Lunatic asylums in Bengal annual reports 1912-1924 - 1912-1924
Year: 1912
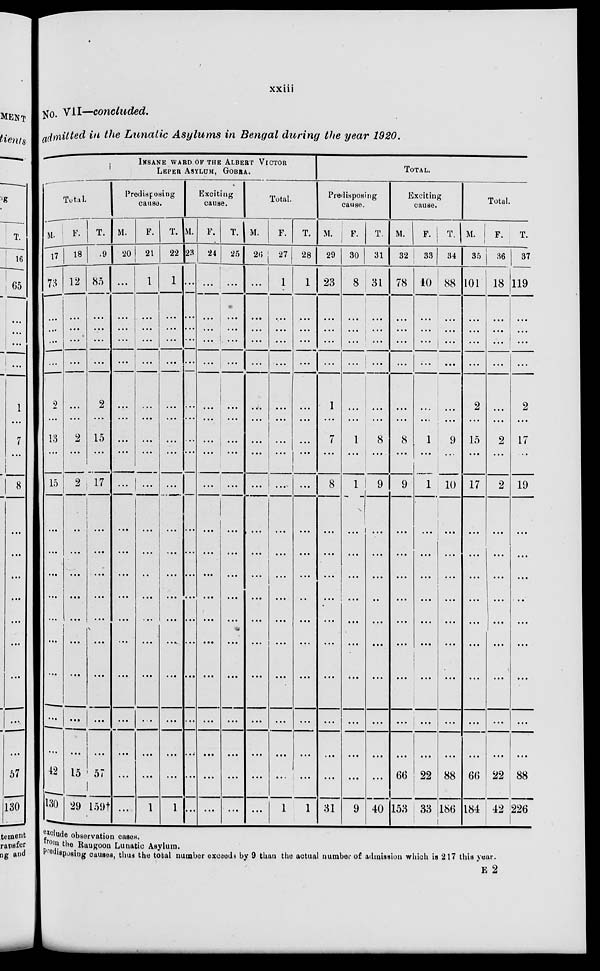
xxiii
No. VII—concluded.
admitted in the Lunatic Asylums in Bengal during the year 1920.
INSANE WARD OF THE ALBERT VICTOR
LEPER ASYLUM,GOBRA.
Total.
M.
17
73
...
...
...
...
2
...
13
...
15
...
...
...
...
...
...
...
...
...
42
130
F.
18
12
...
...
...
...
...
...
2
...
2
...
...
...
...
...
...
...
...
...
15
29
T.
9
85
...
...
...
...
2
...
15
...
17
...
...
...
...
...
...
...
...
...
57
159†
Predisposing
cause.
M.
20
...
...
...
...
...
...
...
...
...
...
...
...
...
...
...
...
...
...
...
...
...
F.
21
1
...
...
...
...
...
...
...
...
...
...
...
...
...
...
...
...
...
...
...
1
T.
22
1
...
...
...
...
...
...
...
...
...
...
...
...
...
...
...
...
...
...
...
1
Exciting
cause.
M.
23
...
...
...
...
...
...
...
...
...
...
...
...
...
...
...
...
...
...
...
...
...
F.
24
...
...
...
...
...
...
...
...
...
...
...
...
...
...
...
...
...
...
...
...
...
T.
25
...
...
...
...
...
...
...
...
...
...
...
...
...
...
...
...
...
...
...
...
...
Total.
M.
29
...
...
...
...
...
...
...
...
...
...
...
...
...
...
...
...
...
...
...
...
...
F.
27
1
...
...
...
...
...
...
...
...
...
...
...
...
...
...
...
...
...
...
...
1
T.
28
1
...
...
...
...
...
...
...
...
...
...
...
...
...
...
...
...
...
...
...
1
TOTAL.
Predisposing
cause.
M.
29
23
...
...
...
...
1
...
7
...
8
...
...
...
...
...
...
...
...
...
...
31
F.
30
8
...
...
...
...
...
...
1
...
1
...
...
...
...
...
...
...
...
...
...
9
T.
31
31
...
...
...
...
1
...
8
...
9
...
...
...
...
...
...
...
...
...
...
40
Exciting
cause.
M.
32
78
...
...
...
...
...
...
8
...
9
...
...
...
...
...
...
...
...
...
66
153
F.
33
10
...
...
...
...
...
...
1
...
1
...
...
...
...
...
...
...
...
...
22
33
T.
34
88
...
...
...
...
...
...
9
...
10
...
...
...
...
...
...
...
...
...
88
186
Total.
M.
35
101
...
...
...
...
2
...
15
...
17
...
...
...
...
...
...
...
...
...
66
184
F.
36
18
...
...
...
...
...
...
2
...
2
...
...
...
...
...
...
...
...
...
22
42
T.
37
119
...
...
...
...
2
...
17
...
19
...
...
...
...
...
...
...
...
...
88
226
exclude observation cases.
from the Rangoon Lunatic Asylum.
Predisposing causes, thus the total number exceeds by 9 than the actual number of admission which is 217 this year.
E 2